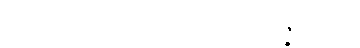
မွေ့လျော်စဖွယ်ရှိစွတကား။ အဇ္ဇ၊ ယခု။